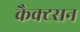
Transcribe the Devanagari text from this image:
कैक्टसन